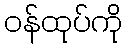
ဝန်ထုပ်ကို